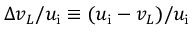
\Delta v _ { L } / u _ { \mathrm { i } } \equiv ( u _ { \mathrm { i } } - v _ { L } ) / u _ { \mathrm { i } }